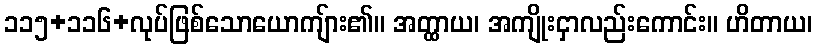
၁၁၅+၁၁၆+လုပ်ဖြစ်သောယောကျ်ား၏။ အတ္ထာယ၊ အကျိုးငှာလည်းကောင်း။ ဟိတာယ၊